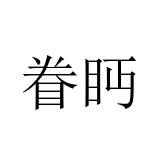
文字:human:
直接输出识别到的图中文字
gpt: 眷眄